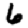
Digit: 6